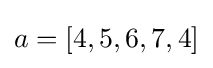
a=[4,5,6,7,4]